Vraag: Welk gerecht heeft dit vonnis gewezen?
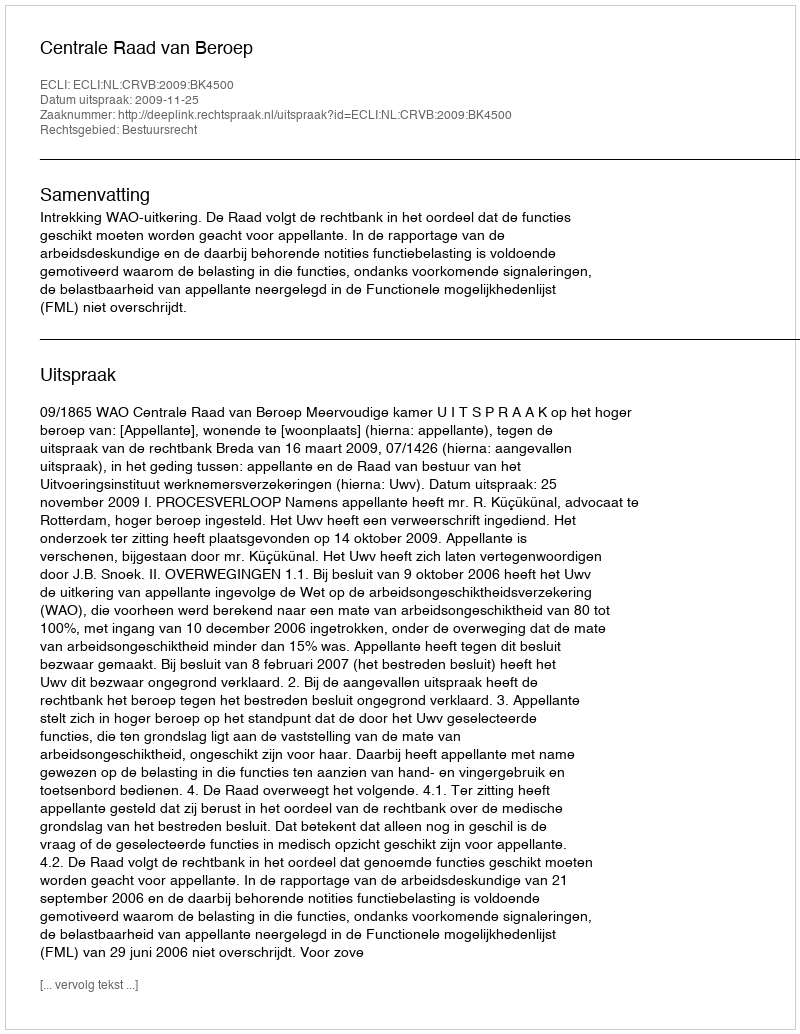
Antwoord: Centrale Raad van Beroep